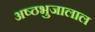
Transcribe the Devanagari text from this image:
अष्ठभुजालाल